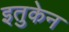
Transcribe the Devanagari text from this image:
इतुकेन